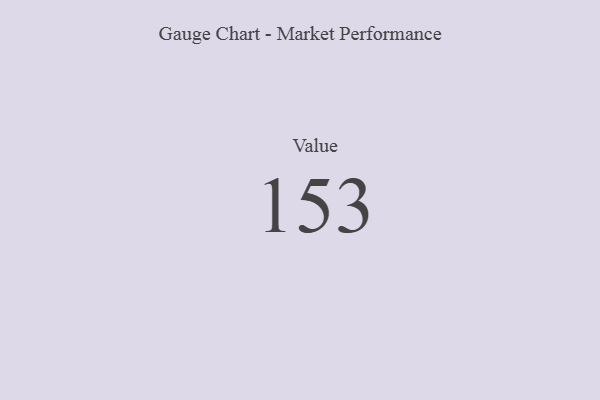
{"axis": {"x": "Metric", "y": "Value"}, "legend": [""], "data": [{"x": "Value", "y": 153, "type": ""}]}